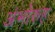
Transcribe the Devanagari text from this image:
अंभोरुह